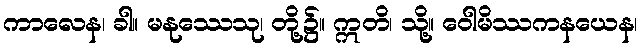
ကာလေန၊ ခါ။ မနုဿေသု၊ တို့၌။ ဣတိ၊ သို့။ ဝေါမိဿကနယေန၊